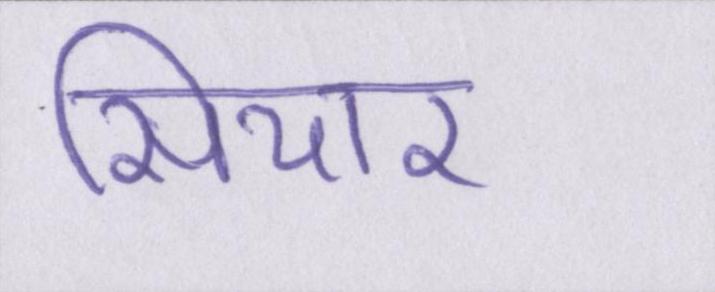
सियार